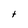
Character: t